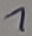
Text: 7